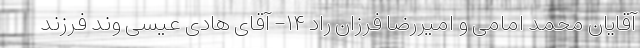
آقایان محمد امامی و امیررضا فرزان راد ۱۴- آقای هادی عیسی وند فرزند